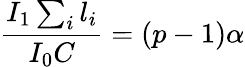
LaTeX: \frac{I_{1}\sum_{i}l_{i}}{I_{0}C}=(p-1)\alpha